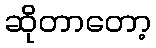
ဆိုတာတော့